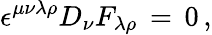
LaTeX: \epsilon^{\mu\nu\lambda\rho}D_{\nu}F_{\lambda\rho}\, =\, 0\, ,